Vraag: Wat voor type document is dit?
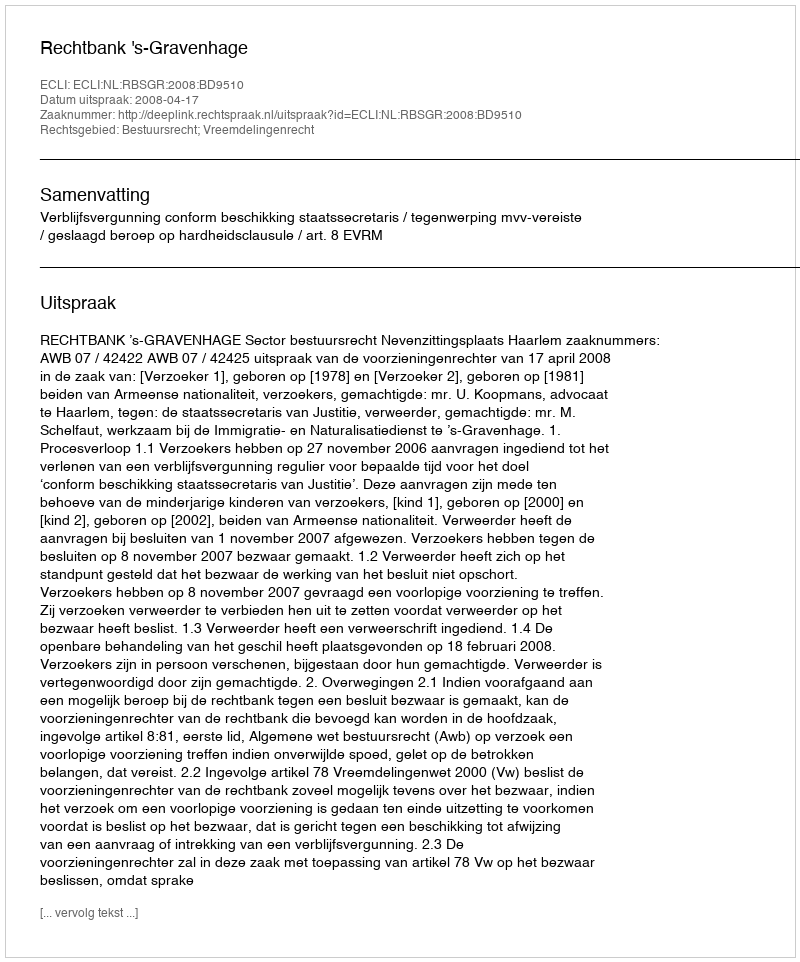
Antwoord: Uitspraak